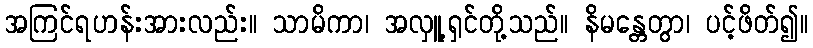
အကြင်ရဟန်းအားလည်း။ သာမိကာ၊ အလှူ့ရှင်တို့သည်။ နိမန္တေတွာ၊ ပင့်ဖိတ်၍။